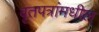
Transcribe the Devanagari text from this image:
वृतपत्रांमधील